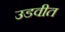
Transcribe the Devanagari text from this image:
उडवीत